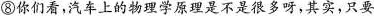
⑧你们看，汽车上的物理学原理是不是很多呀，其实，只要